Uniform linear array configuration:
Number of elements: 64
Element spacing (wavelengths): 0.75
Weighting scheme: hann
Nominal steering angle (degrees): -45
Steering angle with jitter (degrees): -43.395
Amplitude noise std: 0.05
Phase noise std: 0.05

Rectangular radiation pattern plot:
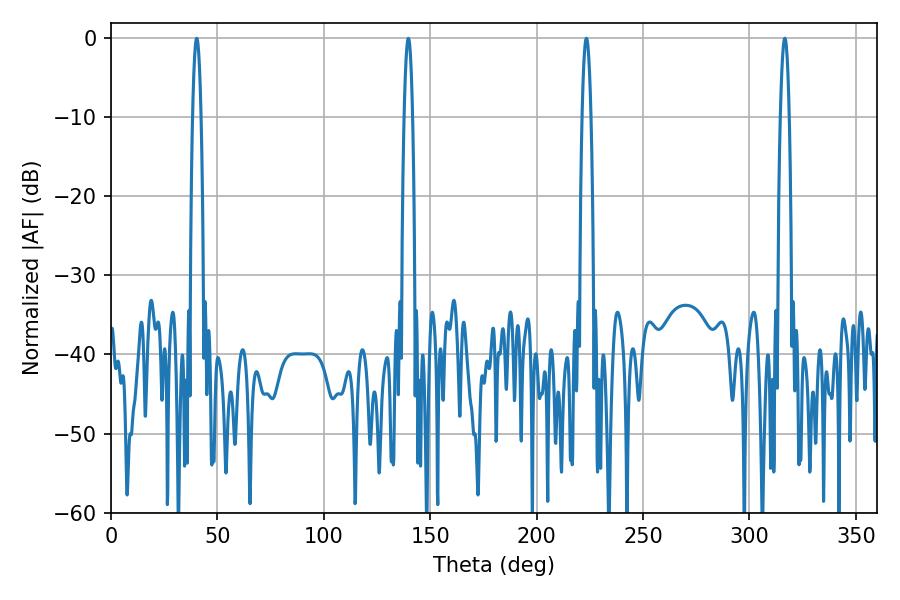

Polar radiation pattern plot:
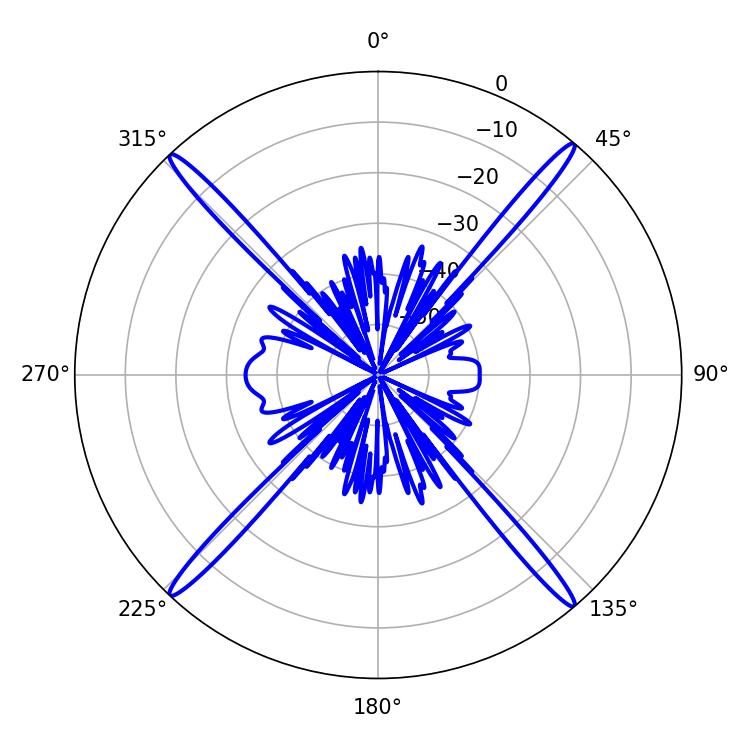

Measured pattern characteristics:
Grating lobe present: TRUE
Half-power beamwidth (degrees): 2.16
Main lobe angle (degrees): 223.38